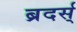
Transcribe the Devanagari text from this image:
ब्रदर्स्